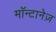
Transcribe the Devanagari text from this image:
मॉन्टानेज़